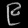
Digit: ၉